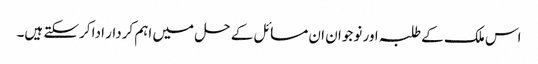
اس ملک کے طلبہ اور نوجوان ان مسائل کے حل میں اہم کردار ادا کرسکتے ہیں۔